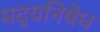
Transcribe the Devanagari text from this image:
मद्यनिषेध